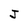
Character: J